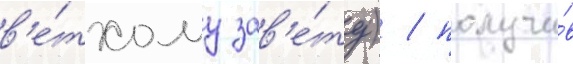
в'е́тхому зав'е́ту) / получи́в